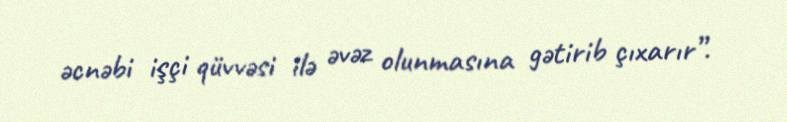
əcnəbi işçi qüvvəsi ilə əvəz olunmasına gətirib çıxarır”.